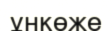
ұнкөже